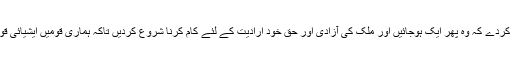
ہمارے بڑے بزرگوں کی سمجھ میں بھی آجائے یا خود ہمارا کام انہیں اس بات کے لئے مجبور کردے کہ وہ پھر ایک ہوجائیں اور ملک کی آزادی اور حق خود ارادیت کے لئے کام کرنا شروع کردیں تاکہ ہماری قومیں ایشیائی قوموں کی برادری میں اور پھر پوری دنیا کی قوموں کی برادری میں اپنی صحیح جگہ لے سکیں۔